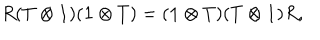
R ( T \otimes { \bf 1 } ) ( { \bf 1 } \otimes T ) = ( { \bf 1 } \otimes T ) ( T \otimes { \bf 1 } ) R , \,